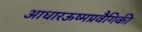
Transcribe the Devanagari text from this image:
आधारऊष्मप्रवैगिकी